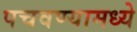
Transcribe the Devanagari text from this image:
पचवण्यामध्ये